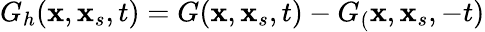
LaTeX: G_{h}(\textbf{x},\textbf{x}_{s},t)=G(\textbf{x},\textbf{x}_{s},t)-G_{(}\textbf{x},\textbf{x}_{s},-t)